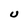
Character: U